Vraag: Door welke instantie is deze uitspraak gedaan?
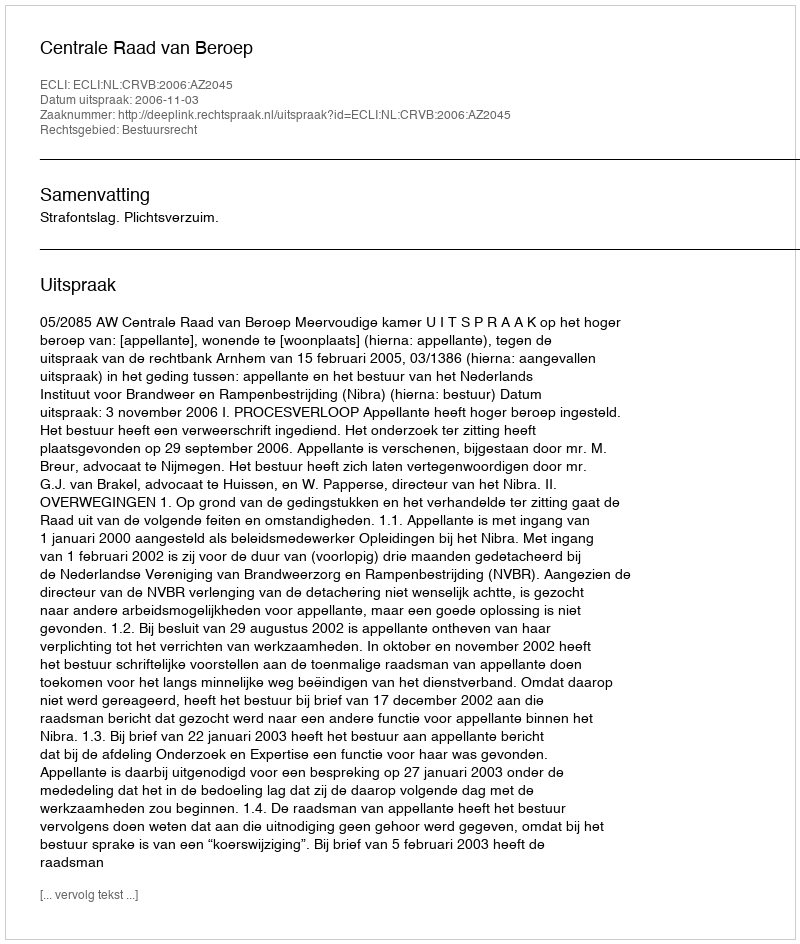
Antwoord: Centrale Raad van Beroep